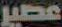
عصير